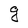
Character: g